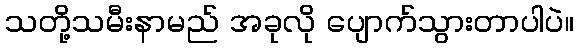
သတို့သမီးနာမည် အခုလို ပျောက်သွားတာပါပဲ။